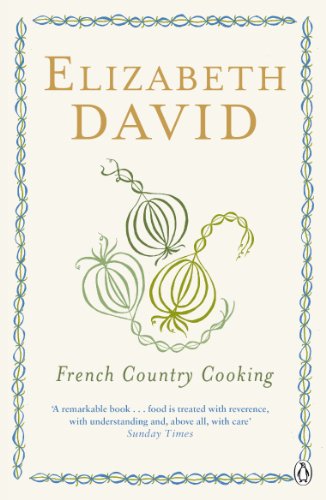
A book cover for French Country Cooking (Cookery Library); Elizabeth David; Cookbooks, Food & Wine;